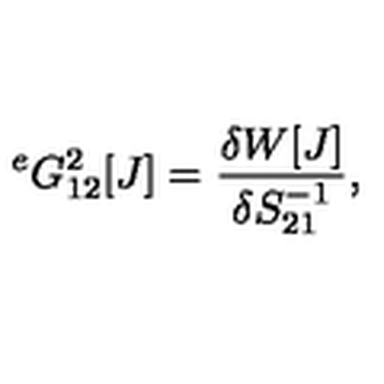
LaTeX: { } ^ { e } G _ { 1 2 } ^ { 2 } [ J ] = \frac { \delta W [ J ] } { \delta S _ { 2 1 } ^ { - 1 } } ,